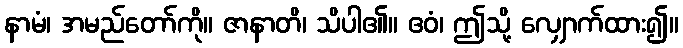
နာမံ၊ အမည်တော်ကို။ ဇာနာတိ၊ သိပါ၏။ ဧဝံ၊ ဤသို့ လျှောက်ထား၍။